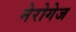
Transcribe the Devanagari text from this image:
नेरोगेज